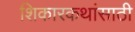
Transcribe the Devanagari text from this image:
शिकारकथांसाठी